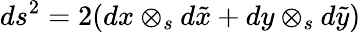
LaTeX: ds^{2}=2(dx\otimes_{s}d\tilde{x}+dy\otimes_{s}d\tilde{y})